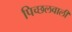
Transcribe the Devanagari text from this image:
पिच्छलवाली